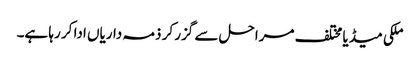
ملکی میڈیا مختلف مراحل سے گزر کر ذمہ داریاں ادا کر رہا ہے۔